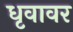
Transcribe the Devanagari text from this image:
धृवावर